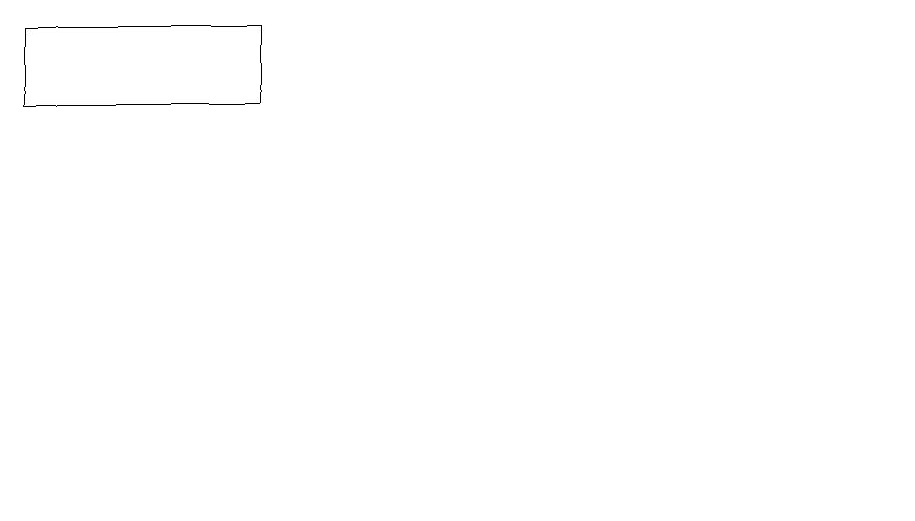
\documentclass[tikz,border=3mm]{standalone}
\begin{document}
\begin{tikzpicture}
\draw (11,12) circle (0);
\draw (0,15) rectangle (3,16);
\draw (10,10) circle (0);
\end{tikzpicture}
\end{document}